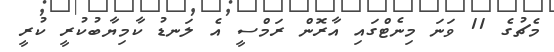
މެޗުގެ 11 ވަނަ މިނެޓްގައި އާރޮން ރަމްސީ އެ ލަނޑު ކާމިޔާބުކުރީ ކުރީ